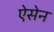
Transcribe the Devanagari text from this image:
ऐसेन